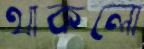
থাকলো